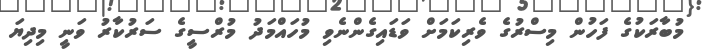
މުބާރަކުގެ ފަހުން މިސްރުގެ ވެރިކަމަށް ވަޑައިގެންނެވި މުހައްމަދު މުރްސީގެ ސަރުކާރު ވަނީ މިދިޔަ